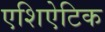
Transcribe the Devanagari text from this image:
एशिऐटिक